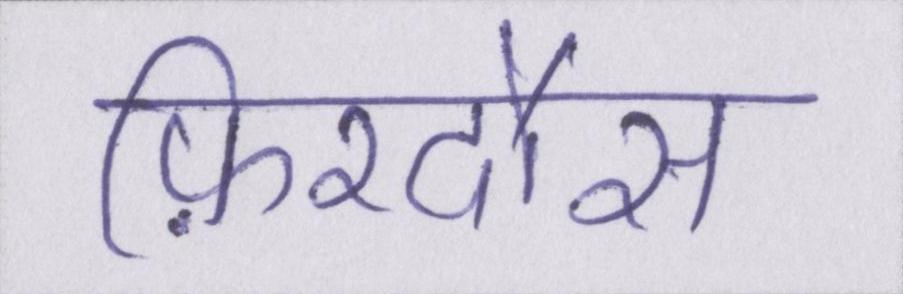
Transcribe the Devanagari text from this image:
फ़िरदौस